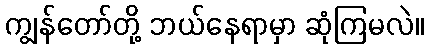
ကျွန်တော်တို့ ဘယ်နေရာမှာ ဆုံကြမလဲ။